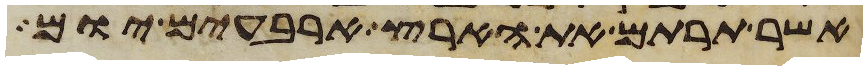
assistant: אשר תרתם את הארץ ארבעים יום